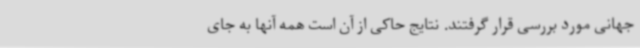
جهانی مورد بررسی قرار گرفتند. نتایج حاکی از آن است همه آنها به جای